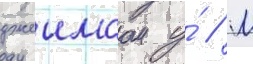
джеимсом у́ // М